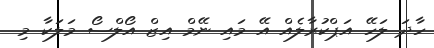
ހާދަ ލަހޭ އަޕްކުރާލެއް އޭ މައި ނޭމް އިޒް އޯލްސޯ މަލަކާ މި